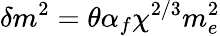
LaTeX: \delta m^{2}=\theta\alpha_{f}\chi^{2/3}m_{e}^{2}